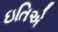
ઇતિએ